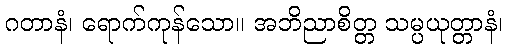
ဂတာနံ၊ ရောက်ကုန်သော။ အဘိညာစိတ္တ သမ္ပယုတ္တာနံ၊